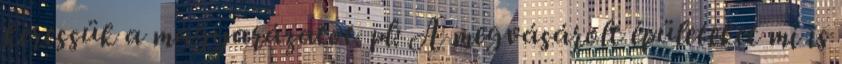
keressük a magyarázatot. pl: A megvásárolt épületeket mi is